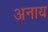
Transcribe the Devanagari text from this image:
अनाय